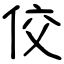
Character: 佼